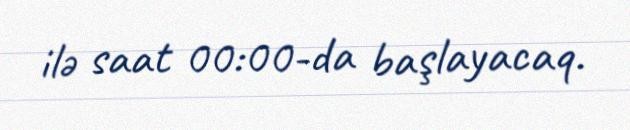
ilə saat 00:00-da başlayacaq.